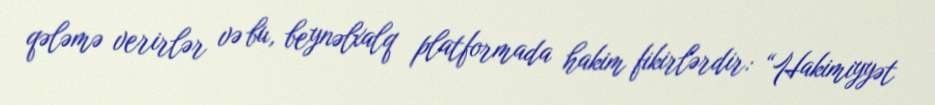
qələmə verirlər və bu, beynəlxalq platformada hakim fikirlərdir: “Hakimiyyət